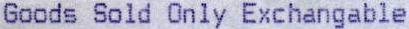
GOODS SOLD ONLY EXCHANGABLE